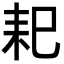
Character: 𦓨